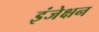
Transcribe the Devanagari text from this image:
इंजेक्षन